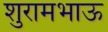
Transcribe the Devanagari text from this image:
शुरामभाऊ